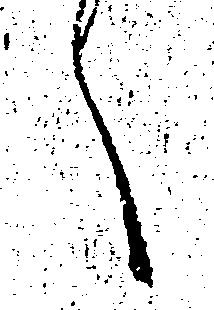
へ